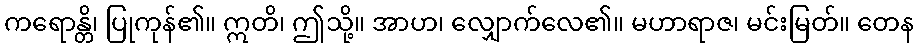
ကရောန္တိ၊ ပြုကုန်၏။ ဣတိ၊ ဤသို့။ အာဟ၊ လျှောက်လေ၏။ မဟာရာဇ၊ မင်းမြတ်။ တေန